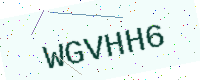
Text: WGVHH6